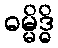
ဓမ္မိဒ္ဓိ